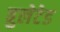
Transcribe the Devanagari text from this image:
बुलेटेड